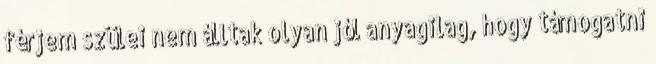
férjem szülei nem álltak olyan jól anyagilag, hogy támogatni